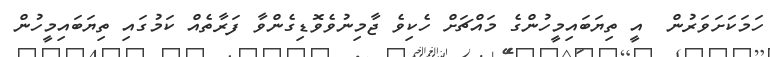
ހަމަކަށަވަރުން  އީ ތިޔަބައިމީހުންގެ މައްޗަށް ހެކިވެ ޖާމިނުވެވޮޑިގެންވާ ފަރާތެއް ކަމުގައި ތިޔަބައިމީހުން